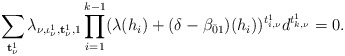
\begin{align*}\sum_{{\bf t}^1_\nu}\lambda_{\nu,\iota^1_\nu,{\bf t}^1_\nu,1}\prod_{i=1}^{k-1}(\lambda(h_i)+(\delta-\beta_{\bar01})(h_i))^{t_{i,\nu}^1}d^{t_{k,\nu}^1}=0.\end{align*}